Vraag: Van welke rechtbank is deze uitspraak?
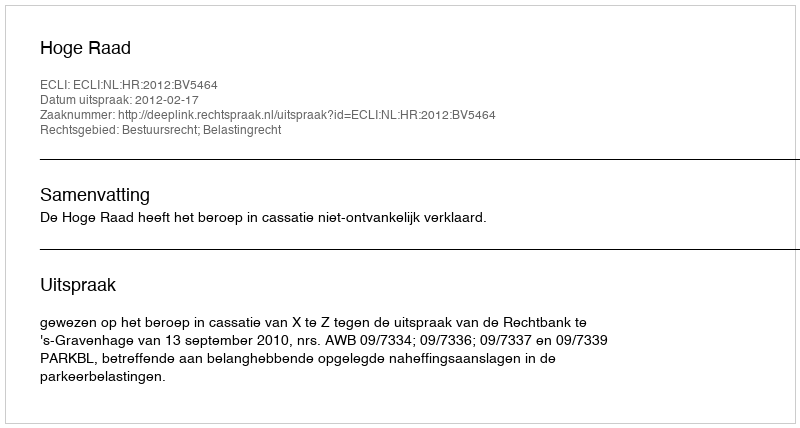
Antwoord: Hoge Raad